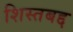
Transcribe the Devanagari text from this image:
शिस्तबद्द